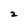
Character: z